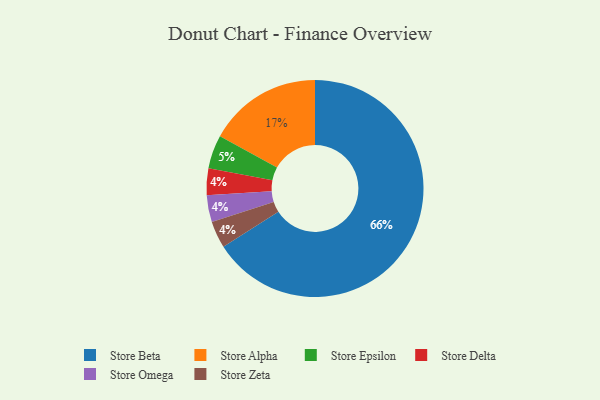
{"axis": {"x": "Category", "y": "Percentage"}, "legend": ["Store Alpha", "Store Beta", "Store Delta", "Store Epsilon", "Store Omega", "Store Zeta"], "data": [{"x": "Store Alpha", "y": 17, "type": "Store Alpha"}, {"x": "Store Delta", "y": 4, "type": "Store Delta"}, {"x": "Store Epsilon", "y": 5, "type": "Store Epsilon"}, {"x": "Store Omega", "y": 4, "type": "Store Omega"}, {"x": "Store Zeta", "y": 4, "type": "Store Zeta"}, {"x": "Store Beta", "y": 66, "type": "Store Beta"}]}